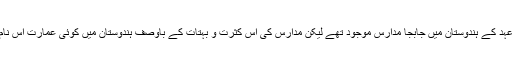
اس میں شک نہیں کہ اسلامی عہد کے ہندوستان میں جابجا مدارس موجود تھے لیکن مدارس کی اس کثرت و بہتات کے باوصف ہندوستان میں کوئی عمارت اس نام سے اس سے پیشتر نہیں بنی۔